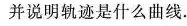
并说明轨迹是什么曲线.